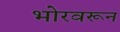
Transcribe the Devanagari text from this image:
भोरवरून